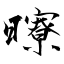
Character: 曢